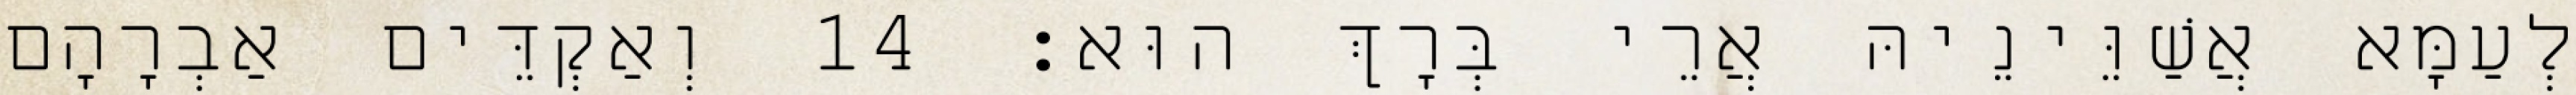
לְעַמָּא אֲשַׁוֵּינֵיהּ אֲרֵי בְּרָךְ הוּא׃ 14 וְאַקְדֵּים אַבְרָהָם